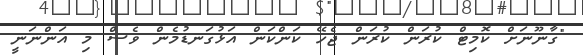
"ގާނޫނަށް ކޮމިޓް ކުރަން ކުރަން ޖެހޭ ކަންކަން އަޅުގަނޑުމެން ވެސް މި އަންނަނީ